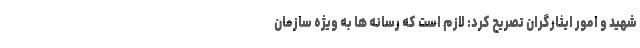
شهید و امور ایثارگران تصریح کرد: لازم است که رسانه ها به ویژه سازمان